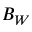
B _ { W }